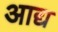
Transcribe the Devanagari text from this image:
अाद्य